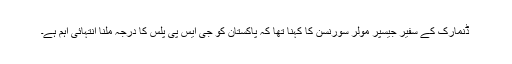
ڈنمارک کے سفیر جیسپر مولر سورنسن کا کہنا تھا کہ پاکستان کو جی ایس پی پلس کا درجہ ملنا انتہائی اہم ہے۔